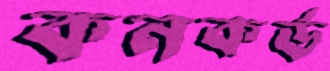
কনকর্ড